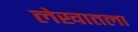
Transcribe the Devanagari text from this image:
लेखातला